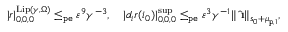
\begin{array} { r } { | r | _ { 0 , 0 , 0 } ^ { \mathrm { L i p } ( \gamma , \Omega ) } \le _ { \mathtt { p e } } \varepsilon ^ { 9 } \gamma ^ { - 3 } , \quad | d _ { i } r ( i _ { 0 } ) | _ { 0 , 0 , 0 } ^ { \operatorname* { s u p } } \le _ { \mathtt { p e } } \varepsilon ^ { 3 } \gamma ^ { - 1 } \rVert \hat { \textbf { \i } } \rVert _ { s _ { 0 } + \mu _ { \mathtt { p } , 1 } } , } \end{array}